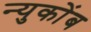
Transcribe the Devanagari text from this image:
न्युकोंब